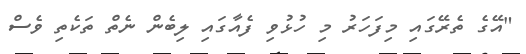
"އޭގެ ތެރޭގައި މިފަހަރު މި ހުޅުވި ފެއާގައި ލިބެން ނެތް ތަކެތި ވެސް